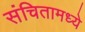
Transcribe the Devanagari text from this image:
संचितामध्ये